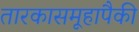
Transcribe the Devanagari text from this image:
तारकासमूहापैकी